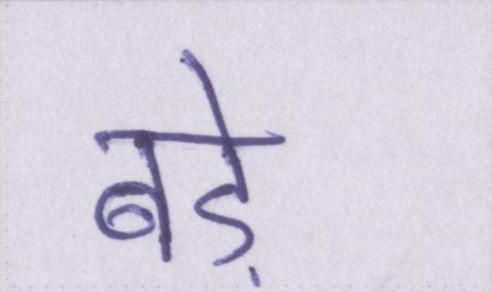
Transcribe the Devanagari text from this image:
बडे़